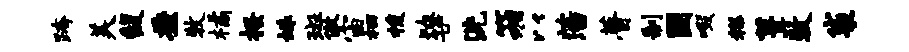
跨美馥益牧橘搔姝斑傲宙栖梭燎廿洗箱以藩瞢制国啜糕葺牧袋